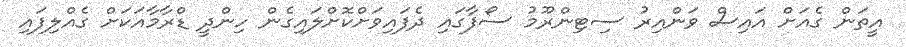
އީތަން ގެއަށް އައިސް ވަންއިރު ސިޓިންރޫމު ސޯފާގައި ދެފައިވަށްކޮށްލައިގެން ހިންދީ ޑްރާމާއަކަށް ގެއްލިފައި